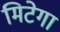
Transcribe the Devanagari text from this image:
मिटेगा